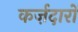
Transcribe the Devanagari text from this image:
कर्ज़दारों